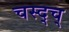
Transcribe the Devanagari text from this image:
चस्द्च्